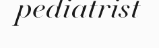
pediatrist